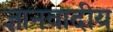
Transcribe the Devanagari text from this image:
ज्ञानवादीय